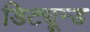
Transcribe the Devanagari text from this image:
डिट्यून्ड